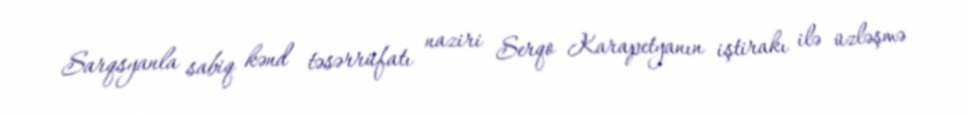
Sarqsyanla sabiq kənd təsərrüfatı naziri Serqo Karapetyanın iştirakı ilə üzləşmə